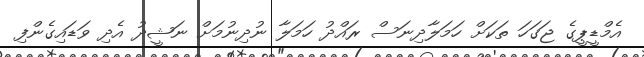
އެމްޑީޕީގެ ޖަގަހަ ތަކަށް ހަމަލާދިނަސް ރައްދު ހަމަލާ ނުދިނުމަށް ނަޝީދު އެދި ވަޑައިގެންފި